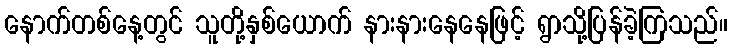
နောက်တစ်နေ့တွင် သူတို့နှစ်ယောက် နားနားနေနေဖြင့် ရွာသို့ပြန်ခဲ့ကြသည်။